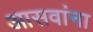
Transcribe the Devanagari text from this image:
आसवांना